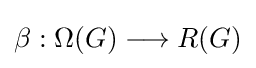
\beta :\Omega (G)\longrightarrow R(G)